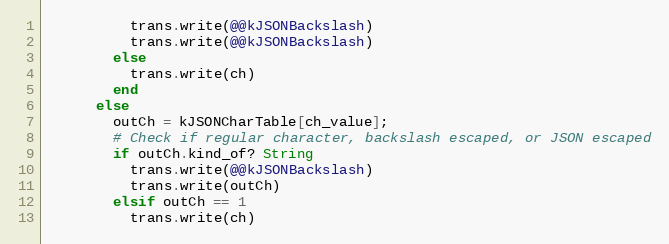
Language: Ruby
          trans.write(@@kJSONBackslash)
          trans.write(@@kJSONBackslash)
        else
          trans.write(ch)
        end
      else
        outCh = kJSONCharTable[ch_value];
        # Check if regular character, backslash escaped, or JSON escaped
        if outCh.kind_of? String
          trans.write(@@kJSONBackslash)
          trans.write(outCh)
        elsif outCh == 1
          trans.write(ch)